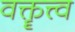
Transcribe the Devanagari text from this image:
वक्तॄत्त्व